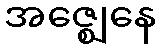
အဇ္ဈေနေ